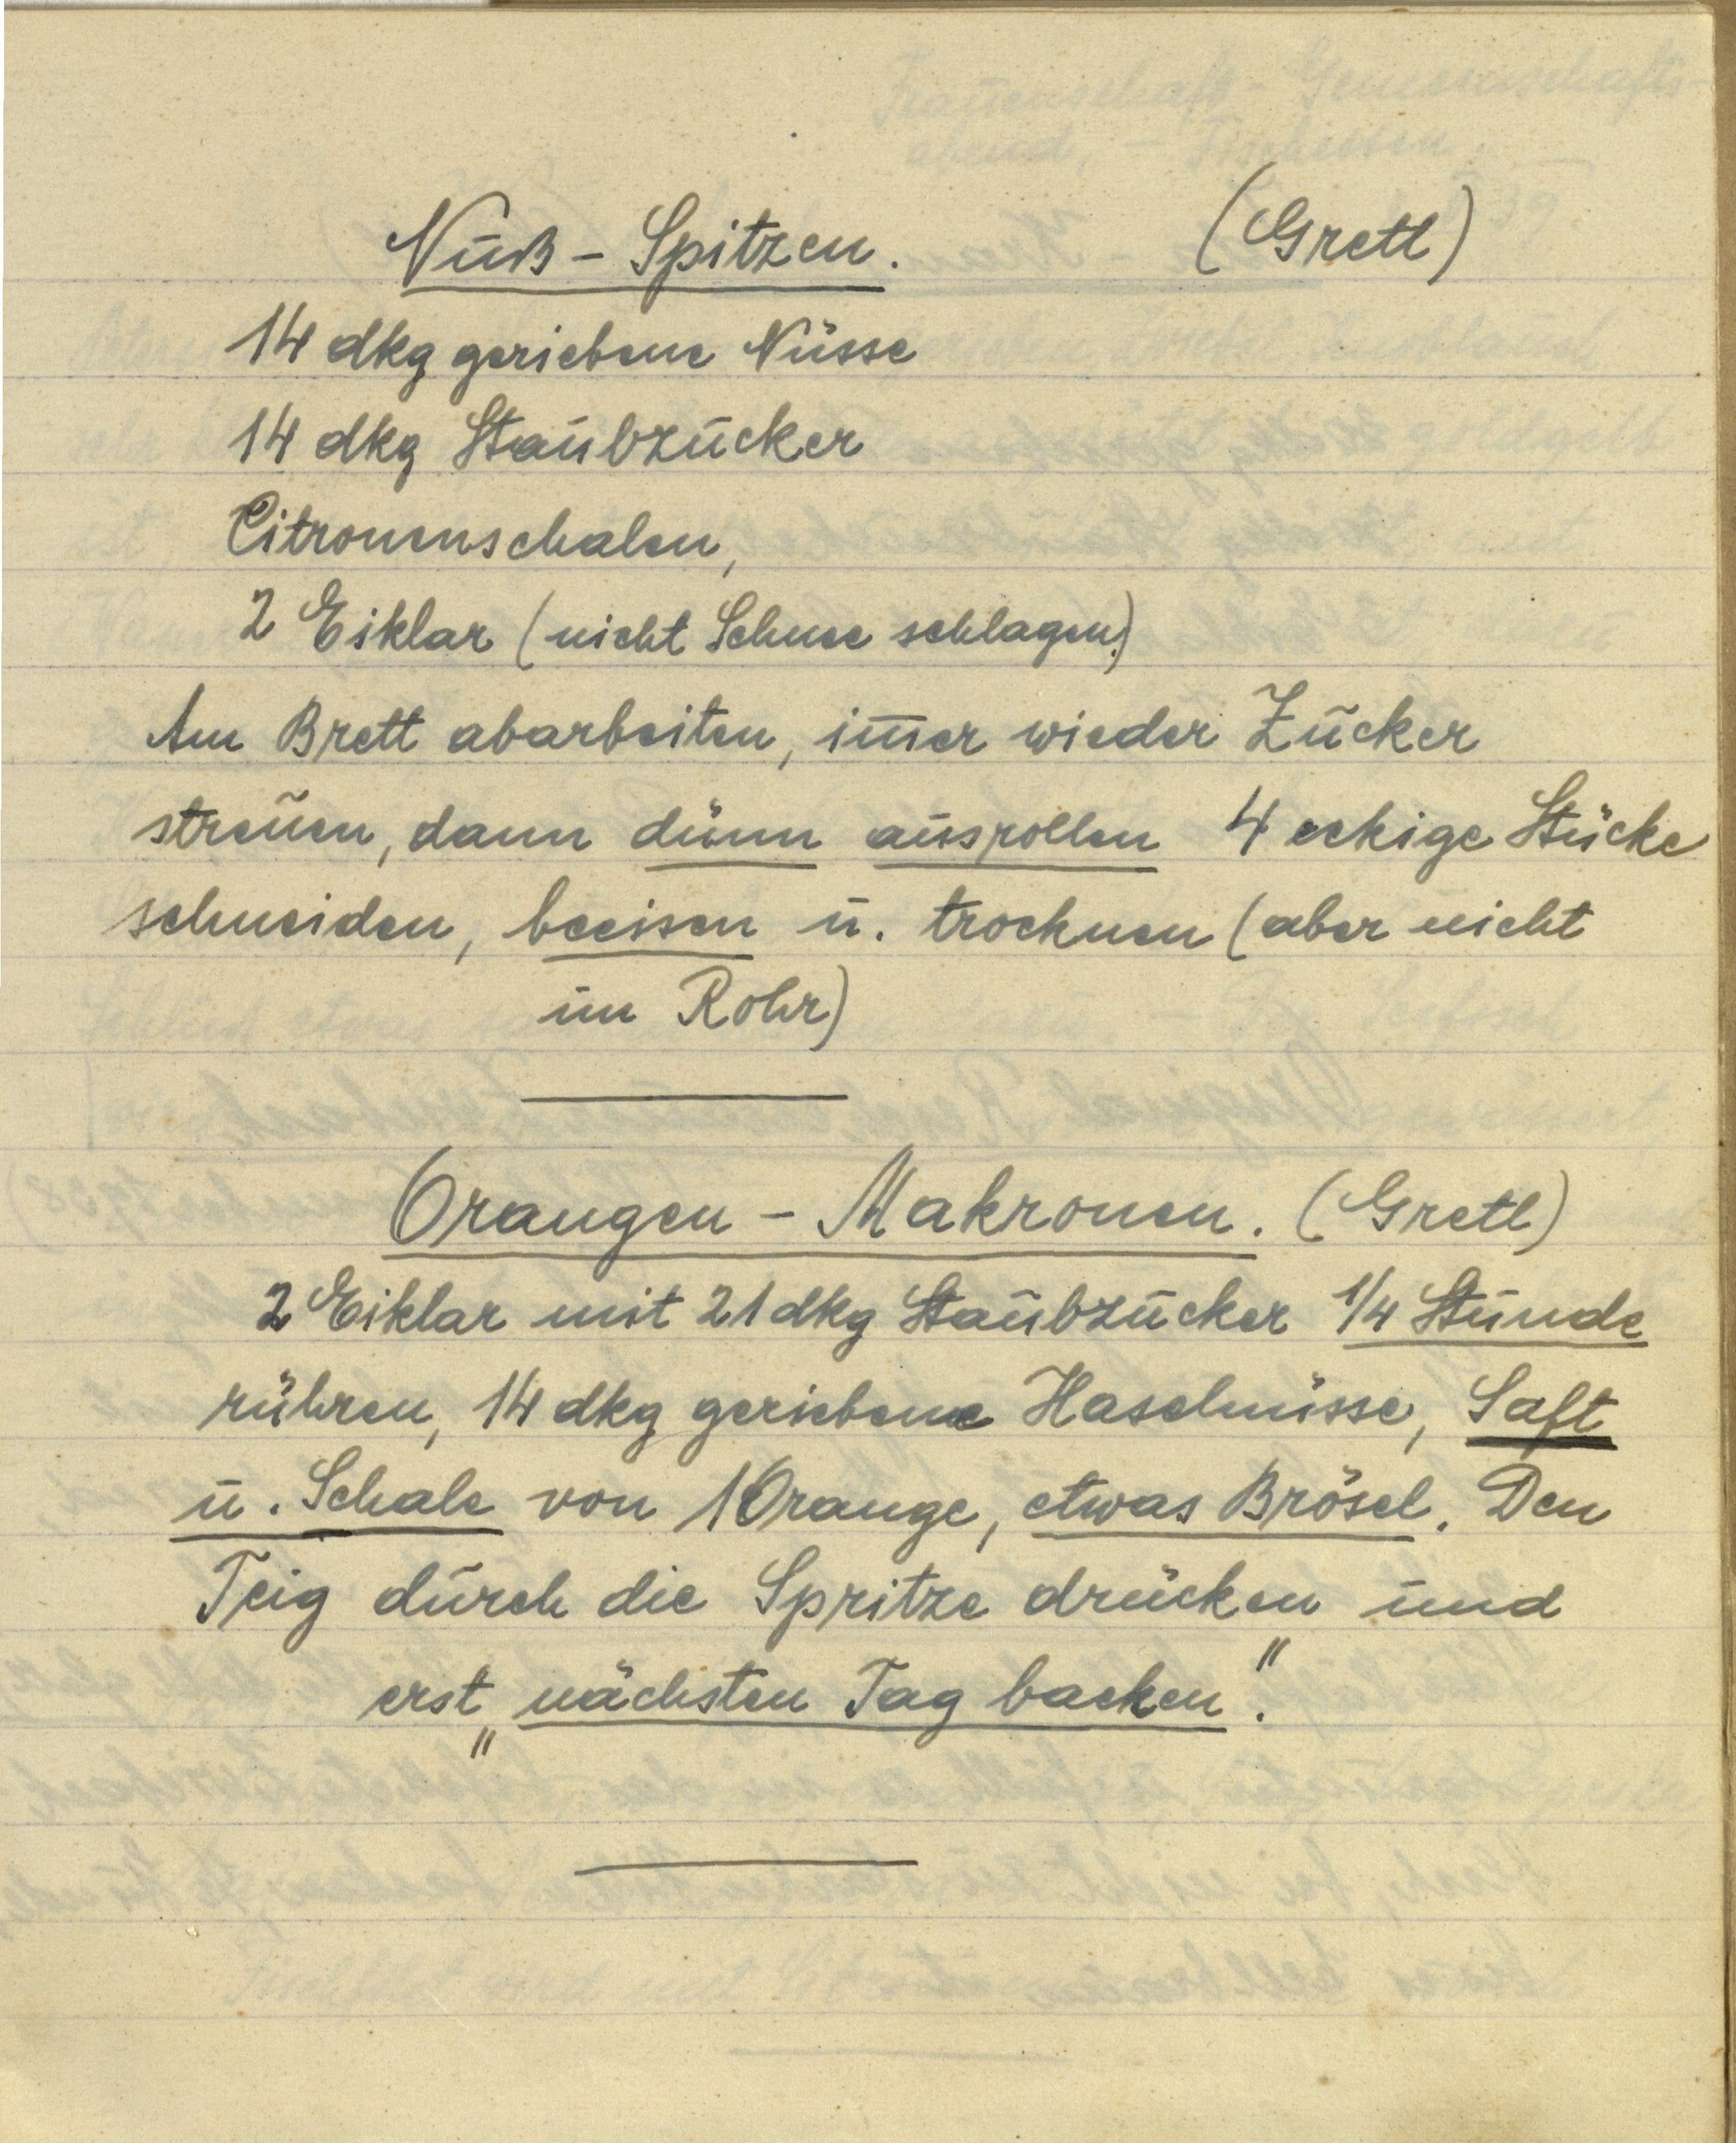
Nuß — Spitzen. (Gretl)
14 dkg geriebene Nüsse
14 dkg Staubzucker
Citronenschalen,
2 Eiklar (nicht Schnee schlagen)
Am Brett abarbeiten, immer wieder Zucker
streuen, dann dünn ausrollen 4 eckige Stücke
schneiden, beeisen u. trocknen (aber nicht
im Rohr)

Orangen — Makronen. (Gretl)
2 Eiklar mit 21 dkg Staubzucker ¼ Stunde
rühren, 14 dkg geriebene Haselnüsse, Saft
u. Schale von 1 Orange, etwas Brösel. Den
Teig durch die Spritze drücken und
erst "nächsten Tag backen".